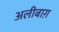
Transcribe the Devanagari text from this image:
अलीबाग़